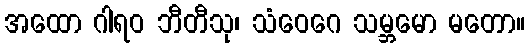
အထော ဂါရဝ ဘီတီသု၊ သံဝေဂေ သမ္ဘမော မတော။